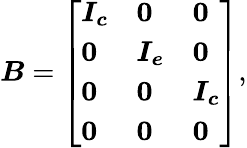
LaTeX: \boldsymbol{B}=\left[\begin{array}{lll}{\boldsymbol{I_{c}}}&{\boldsymbol{0}}&{\boldsymbol{0}}\\ {\boldsymbol{0}}&{\boldsymbol{I_{e}}}&{\boldsymbol{0}}\\ {\boldsymbol{0}}&{\boldsymbol{0}}&{\boldsymbol{I_{c}}}\\ {\boldsymbol{0}}&{\boldsymbol{0}}&{\boldsymbol{0}}\end{array}\right],